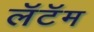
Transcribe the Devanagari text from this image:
लॅटॅम